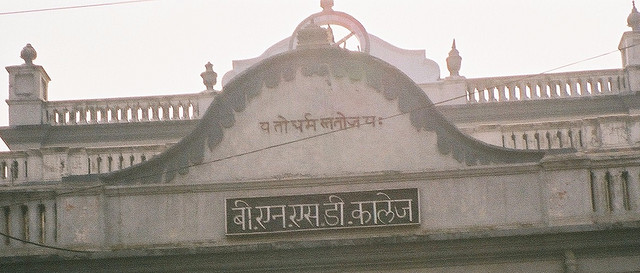
Language: hindi
Transcription: कालेज धर्म बी, एस डी एन